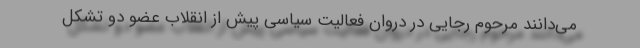
می‌دانند مرحوم رجایی در دروان فعالیت سیاسی پیش از انقلاب عضو دو تشکل